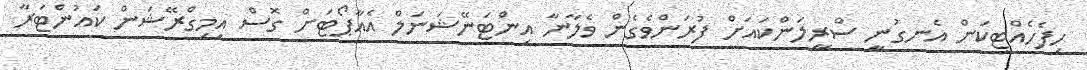
ހިފެހެއްޓިކަން އެނގުނީ ސްރީލަންކައަށް ފުރަންވެގެން ވެލާނާ އިންޓަނޭޝަނަލް އެއާޕޯޓަށް ގޮސް އިމިގްރޭޝަން ކައުންޓަރާ